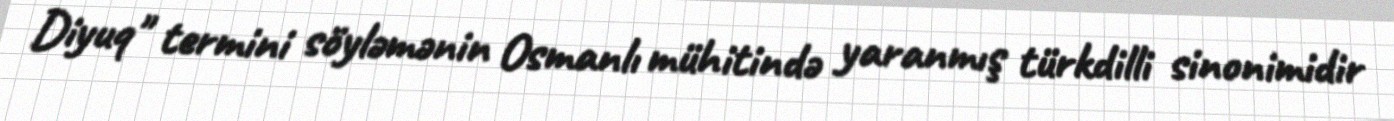
Diyuq" termini söyləmənin Osmanlı mühitində yaranmış türkdilli sinonimidir